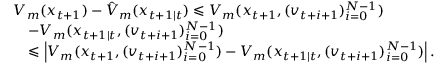
\begin{array} { r l } & { V _ { m } ( x _ { t + 1 } ) - \hat { V } _ { m } ( x _ { t + 1 \mid t } ) \leqslant V _ { m } ( x _ { t + 1 } , ( v _ { t + i + 1 } ) _ { i = 0 } ^ { N - 1 } ) } \\ & { \quad - V _ { m } ( x _ { t + 1 \mid t } , ( v _ { t + i + 1 } ) _ { i = 0 } ^ { N - 1 } ) } \\ & { \quad \leqslant \left| V _ { m } ( x _ { t + 1 } , ( v _ { t + i + 1 } ) _ { i = 0 } ^ { N - 1 } ) - V _ { m } ( x _ { t + 1 \mid t } , ( v _ { t + i + 1 } ) _ { i = 0 } ^ { N - 1 } ) \right| . } \end{array}